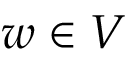
w \in V